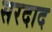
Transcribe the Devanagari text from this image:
सरदाद